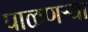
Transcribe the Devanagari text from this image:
पाळणऱ्या